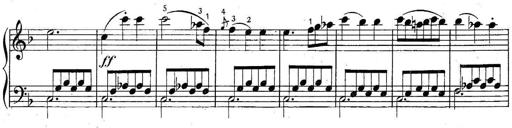
Title: 6 Easy Sonatinas
Composer: Carl Czerny